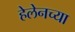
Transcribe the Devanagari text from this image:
हेलेनच्या